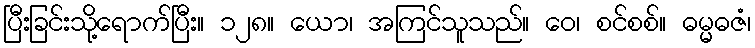
ပြီးခြင်းသို့ရောက်ပြီး။ ၁၂၈။ ယော၊ အကြင်သူသည်။ ဝေ၊ စင်စစ်။ ဓမ္မဓဇံ၊